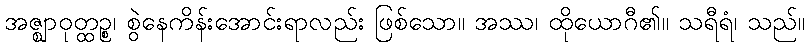
အဇ္ဈာဝုတ္ထဉ္စ၊ စွဲနေကိန်းအောင်းရာလည်း ဖြစ်သော။ အဿ၊ ထိုယောဂီ၏။ သရီရံ၊ သည်။